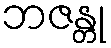
ဘဇန္တု